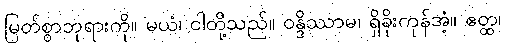
မြတ်စွာဘုရားကို။ မယံ၊ ငါတို့သည်။ ဝန္ဒိဿာမ၊ ရှိခိုးကုန်အံ့။ ဧတ္ထ၊